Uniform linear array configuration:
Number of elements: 48
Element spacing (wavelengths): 1
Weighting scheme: exponential
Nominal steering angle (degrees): -30
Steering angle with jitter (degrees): -29.496
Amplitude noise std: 0.05
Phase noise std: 0.05

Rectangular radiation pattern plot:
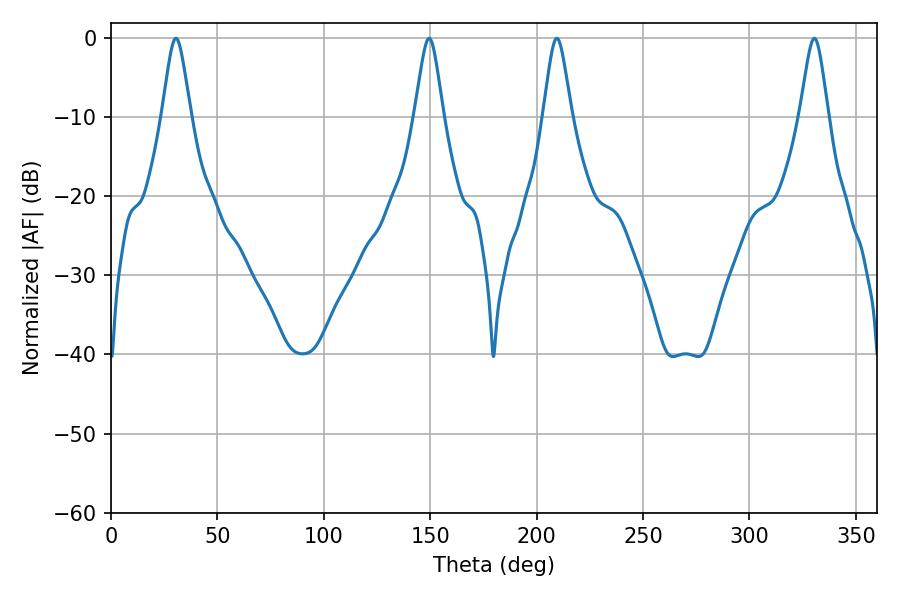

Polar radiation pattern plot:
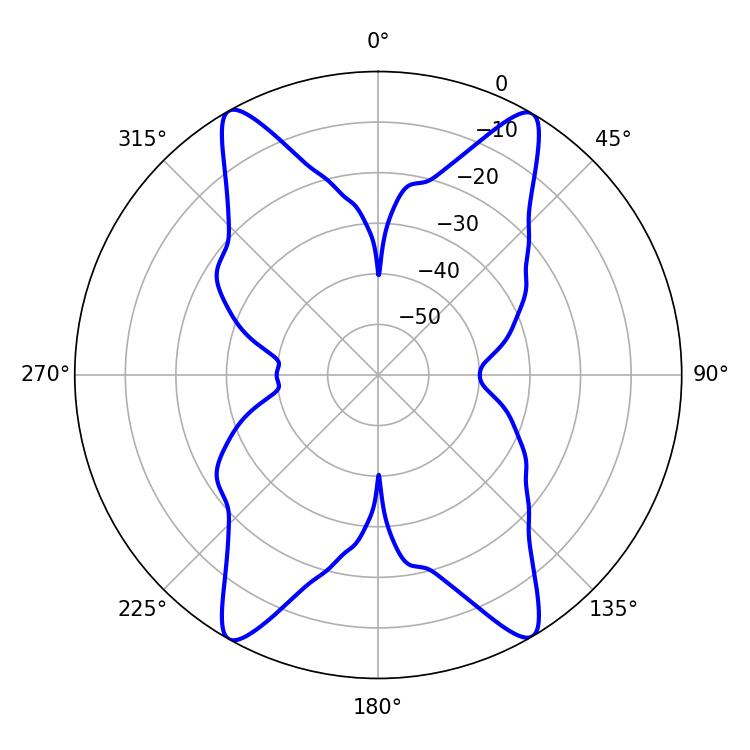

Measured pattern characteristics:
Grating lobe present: TRUE
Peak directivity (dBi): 27.334
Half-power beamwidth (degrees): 6.48
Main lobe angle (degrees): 209.52